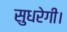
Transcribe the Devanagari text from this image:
सुधरेगी।